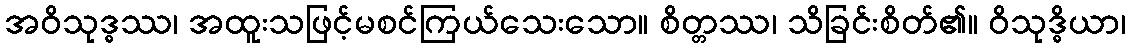
အဝိသုဒ္ဓဿ၊ အထူးသဖြင့်မစင်ကြယ်သေးသော။ စိတ္တဿ၊ သိခြင်းစိတ်၏။ ဝိသုဒ္ဓိယာ၊